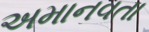
અમાનવતા